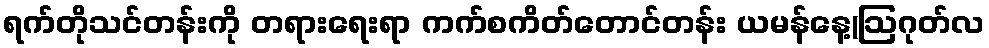
ရက်တိုသင်တန်းကို တရားရေးရာ ကက်စကိတ်တောင်တန်း ယမန်နေ့(ဩဂုတ်လ